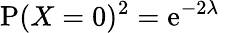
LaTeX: \operatorname{P}(X=0)^{2}=\mathrm{e}^{-2\lambda}\quad